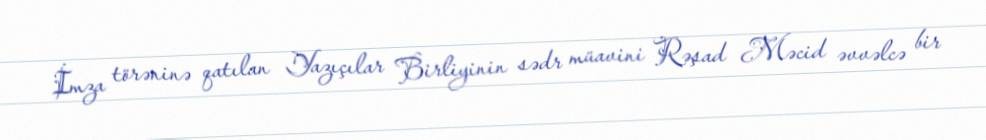
İmza törəninə qatılan Yazıçılar Birliyinin sədr müavini Rəşad Məcid əvvəlcə bir